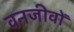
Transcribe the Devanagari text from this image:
वनजीवों